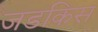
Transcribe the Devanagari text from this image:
जडकिस